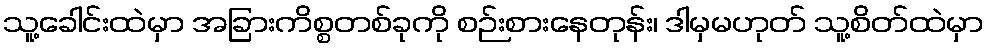
သူ့ခေါင်းထဲမှာ အခြားကိစ္စတစ်ခုကို စဉ်းစားနေတုန်း၊ ဒါမှမဟုတ် သူ့စိတ်ထဲမှာ